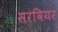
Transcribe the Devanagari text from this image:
सरवियर